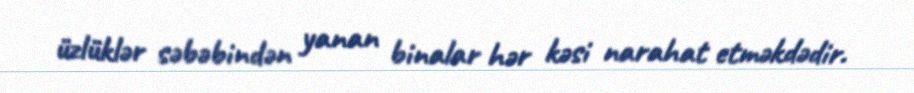
üzlüklər səbəbindən yanan binalar hər kəsi narahat etməkdədir.